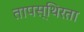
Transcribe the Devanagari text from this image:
तापस्थिरता